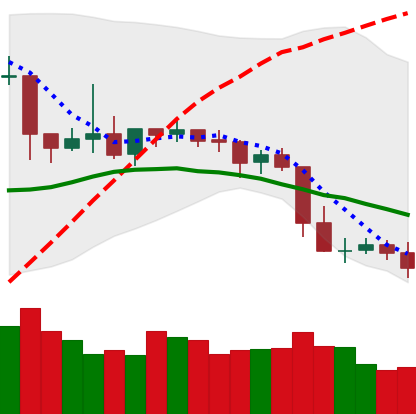
Ticker: XLM-USD
Chart end date: 2019-04-29
Forward return: 3.319%
Label: up_3_5